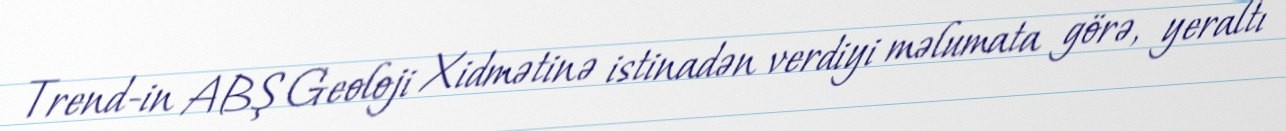
Trend-in ABŞ Geoloji Xidmətinə istinadən verdiyi məlumata görə, yeraltı